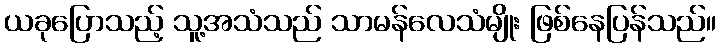
ယခုပြောသည့် သူ့အသံသည် သာမန်လေသံမျိုး ဖြစ်နေပြန်သည်။